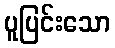
ပူပြင်းသော